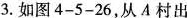
3.如图4-5-26,从A村出